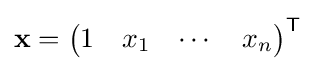
\mathbf {x} ={\begin{pmatrix}1&x_{1}&\cdots &x_{n}\end{pmatrix}}^{\mathsf {T}}